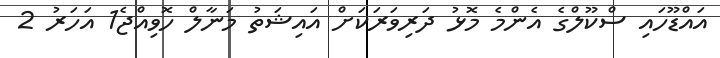
އައްޑޫހައި ސްކޫލްގެ އެންމެ މޮޅު ދަރިވަރަކަށް އައިޝަތު މަނާލް ހޮވިއްޖެ1 އަހަރު 2